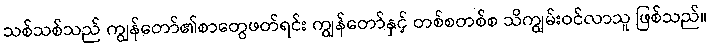
သစ်သစ်သည် ကျွန်တော်၏စာတွေဖတ်ရင်း ကျွန်တော်နှင့် တစ်စတစ်စ သိကျွမ်းဝင်လာသူ ဖြစ်သည်။